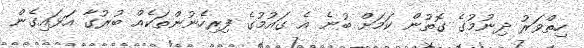
ހިތްވަރު ދިނުމުގެ ގޮތުން ކަމަށް ބުނެ އެ ގައުމުގެ ފިރިހެނުންތަކެއް ބުރުގާ އަޅައިގެން